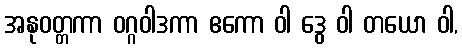
အနုဝတ္တကာ ဝဂ္ဂဝါဒကာ ဧကော ဝါ ဒွေ ဝါ တယော ဝါ,